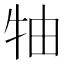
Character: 牰